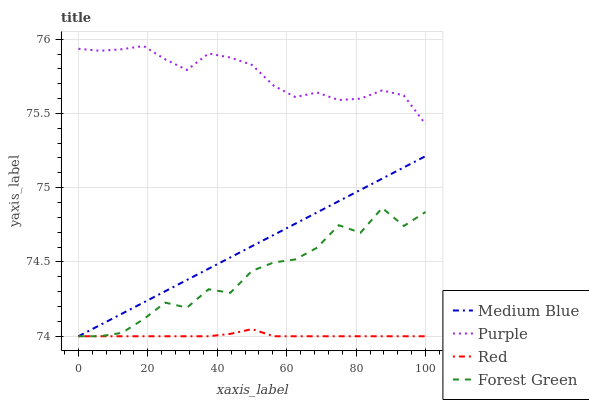
| xaxis_label | Medium Blue | Purple | Red | Forest Green |
 | --- | --- | --- | --- | --- |
 | 0 | 74 | 75.9 | 74 | 74 |
 | 6.25 | 74.1 | 75.9 | 74 | 74 |
 | 12.5 | 74.2 | 75.9 | 74 | 74 |
 | 18.8 | 74.2 | 76 | 74 | 74.1 |
 | 25 | 74.3 | 75.9 | 74 | 74.2 |
 | 31.2 | 74.4 | 75.8 | 74 | 74.2 |
 | 37.5 | 74.5 | 75.9 | 74 | 74.3 |
 | 43.8 | 74.5 | 75.9 | 74 | 74.3 |
 | 50 | 74.6 | 75.8 | 74 | 74.4 |
 | 56.2 | 74.7 | 75.7 | 74 | 74.5 |
 | 62.5 | 74.8 | 75.6 | 74 | 74.5 |
 | 68.8 | 74.8 | 75.6 | 74 | 74.6 |
 | 75 | 74.9 | 75.6 | 74 | 74.7 |
 | 81.2 | 75 | 75.6 | 74 | 74.7 |
 | 87.5 | 75.1 | 75.7 | 74 | 74.9 |
 | 93.8 | 75.1 | 75.6 | 74 | 74.7 |
 | 100 | 75.2 | 75.4 | 74 | 74.8 |